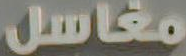
مغاسل